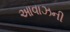
આવાઝની